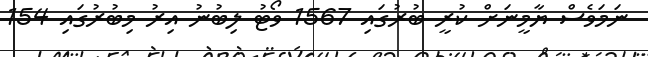
ނަމަވެސް ޔާމީނަށް ކުރީ ބުރުގައި 1567 ވޯޓު ލިބުނު އިރު މިބުރުގައި 154